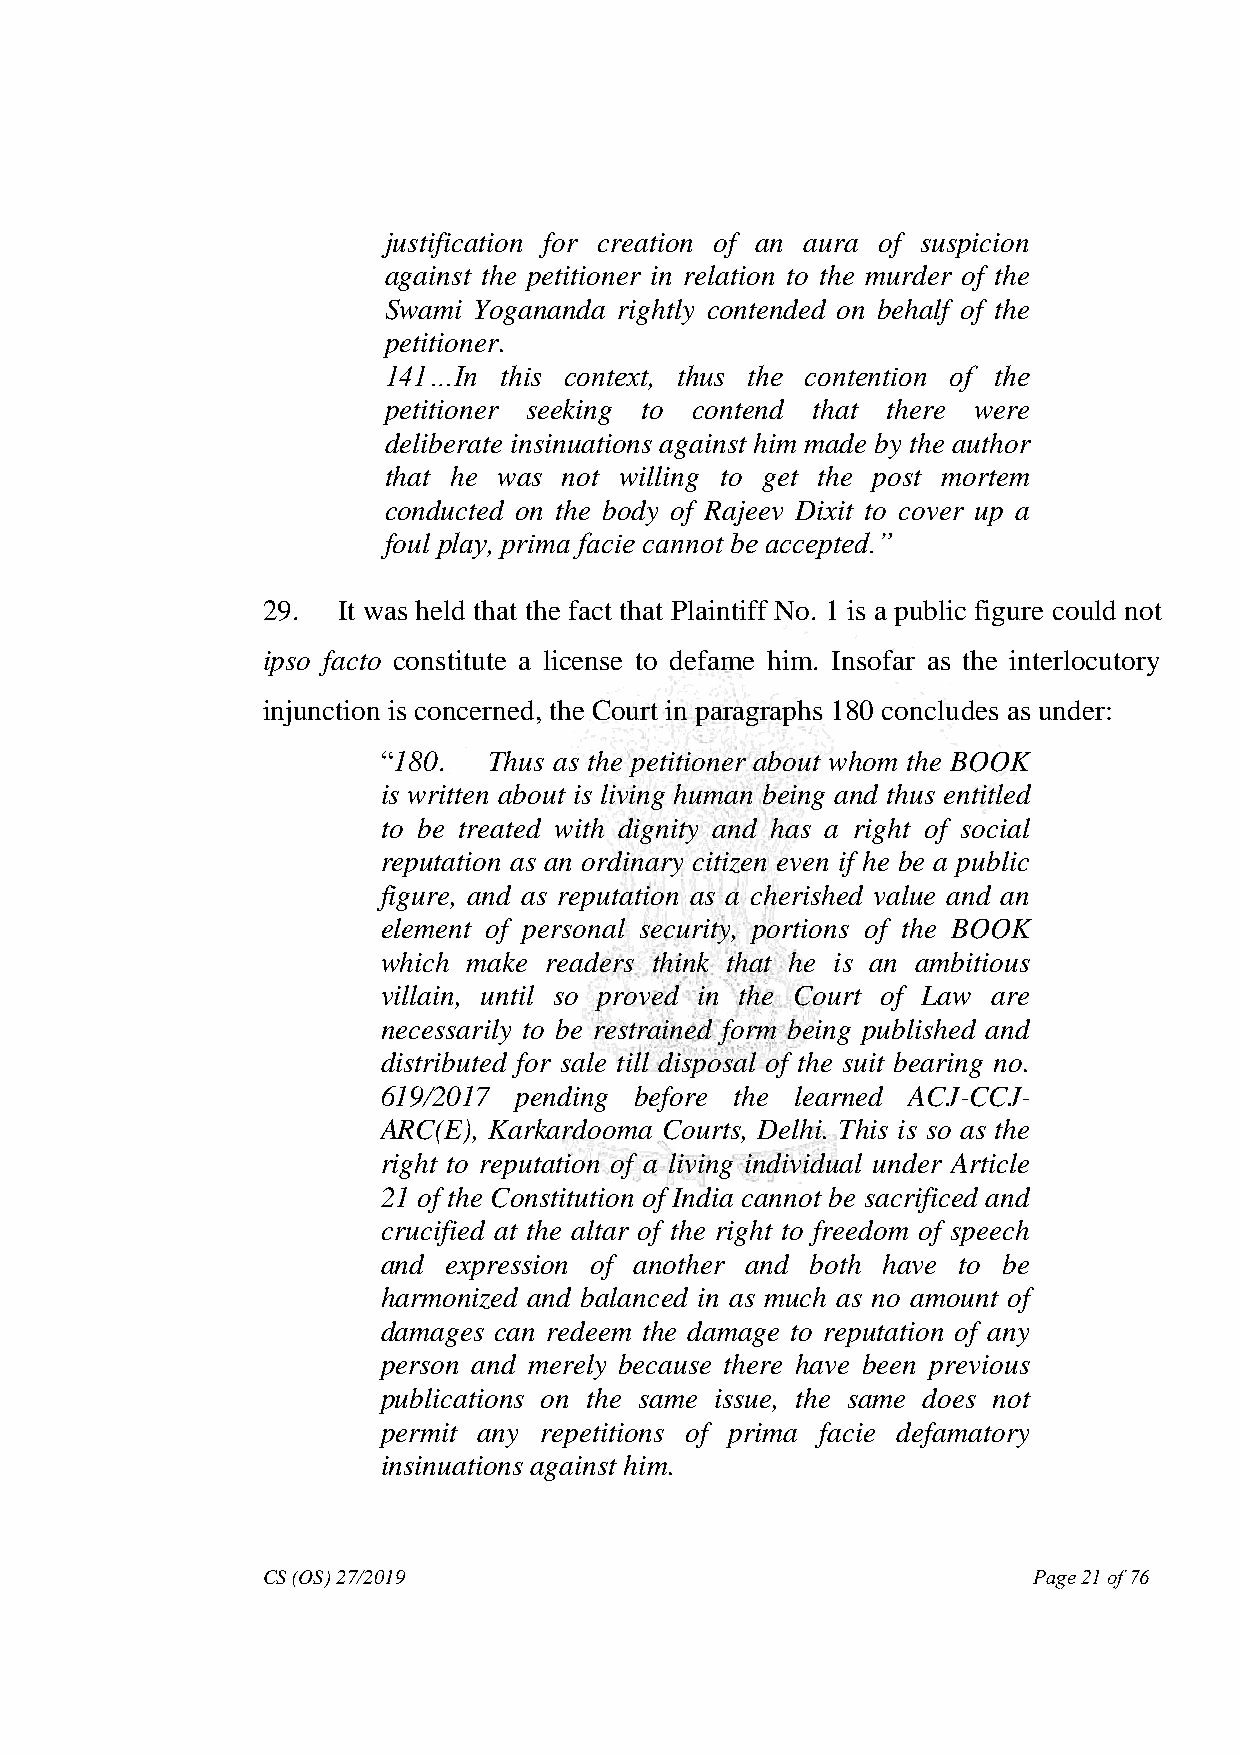
justification for creation of an aura of suspicion
 against the petitioner in relation to the murder of the
 Swami Yogananda rightly contended on behalf of the
 petitioner.
 141…In  this context, thus the contention of the
 petitioner seeking to contend that there were
 deliberate insinuations against him made by the author
 that he was not willing to get the post mortem
 conducted on the body of Rajeev Dixit to cover up a
 foul play, prima facie cannot be accepted.‖
 29.  It was held that the fact that Plaintiff No. 1 is a public figure could not
 ipso facto constitute a license to defame him. Insofar as the interlocutory
 injunction is concerned, the Court in paragraphs 180 concludes as under:
 “180.  Thus as the petitioner about whom the BOOK
 is written about is living human being and thus entitled
 to be treated with dignity and has a right of social
 reputation as an ordinary citizen even if he be a public
 figure, and as reputation as a cherished value and an
 element of personal security, portions of the BOOK
 which make readers think that he is an ambitious
 villain, until so proved in the Court of Law are
 necessarily to be restrained form being published and
 distributed for sale till disposal of the suit bearing no.
 619/2017 pending before the learned ACJ-CCJ-
 ARC(E), Karkardooma Courts, Delhi. This is so as the
 right to reputation of a living individual under Article
 21 of the Constitution of India cannot be sacrificed and
 crucified at the altar of the right to freedom of speech
 and expression of another and both have to be
 harmonized and balanced in as much as no amount of
 damages can redeem the damage to reputation of any
 person and merely because there have been previous
 publications on the same issue, the same does not
 permit any repetitions of prima facie defamatory
 insinuations against him.
 CS (OS) 27/2019                                    Page 21 of 76